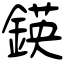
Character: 鍈